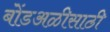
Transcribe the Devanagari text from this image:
बोंडअळीसाठी